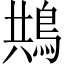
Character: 䳍